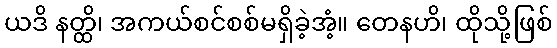
ယဒိ နတ္ထိ၊ အကယ်စင်စစ်မရှိခဲ့အံ့။ တေနဟိ၊ ထိုသို့ဖြစ်